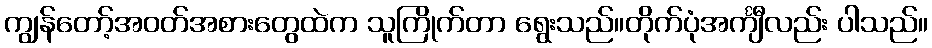
ကျွန်တော့်အဝတ်အစားတွေထဲက သူကြိုက်တာ ရွေးသည်။တိုက်ပုံအင်္ကျီလည်း ပါသည်။